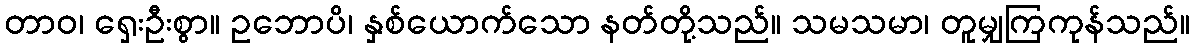
တာဝ၊ ရှေးဦးစွာ။ ဥဘောပိ၊ နှစ်ယောက်သော နတ်တို့သည်။ သမသမာ၊ တူမျှကြကုန်သည်။